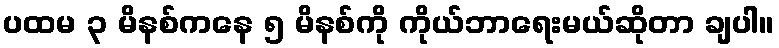
ပထမ ၃ မိနစ်ကနေ ၅ မိနစ်ကို ကိုယ်ဘာရေးမယ်ဆိုတာ ချပါ။